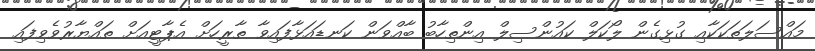
މައްސަލަތަކަކާއި ގުޅިގެން ލޯކަލް ކައުންސިލް އިންތިހާބު ބާއްވަން ކަނޑައަޅާފައިވާ ތާރީހަށް އެޕާޓީއަށް ތައްޔާރުވެވިފައި